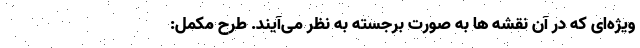
ویژه‌ای که در آن نقشه ها به صورت برجسته به نظر می‌آیند. طرح مکمل: